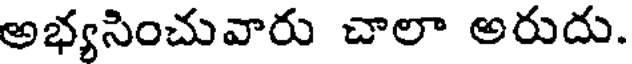
అభ్యసించువారు చాలా అరుదు.